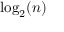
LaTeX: \log _ { 2 } ( n )